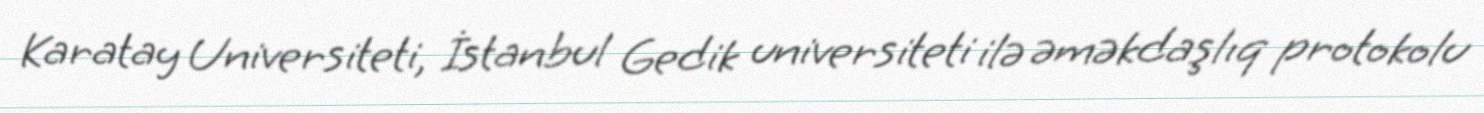
Karatay Universiteti, İstanbul Gedik universiteti ilə əməkdaşlıq protokolu